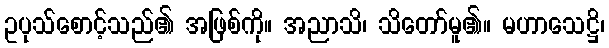
ဥပုသ်စောင့်သည်၏ အဖြစ်ကို။ အညာသိ၊ သိတော်မူ၏။ မဟာသေဋ္ဌိ၊